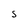
Character: s